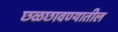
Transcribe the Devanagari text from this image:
छळछावण्यातील